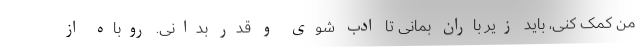
من کمک کنی، باید زیر باران بمانی تا ادب شوی و قدر بدانی. روباه از